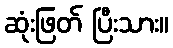
ဆုံးဖြတ် ပြီးသား။